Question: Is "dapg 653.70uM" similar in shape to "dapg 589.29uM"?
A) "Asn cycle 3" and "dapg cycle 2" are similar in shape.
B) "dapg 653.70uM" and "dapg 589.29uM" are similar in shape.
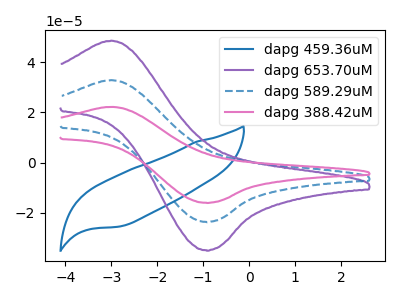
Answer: <think>The blue curve "dapg 459.36uM" has no peaks. The purple curve "dapg 653.70uM" has an anodic peak at (-3.00V, 48.55uA) and a cathodic peak at (-0.95V, -34.85uA). The blue dashed curve "dapg 589.29uM" has an anodic peak at (-3.00V, 32.85uA) and a cathodic peak at (-0.95V, -23.60uA). The pink curve "dapg 388.42uM" has an anodic peak at (-3.00V, 65.70uA) and a cathodic peak at (-0.95V, -47.15uA).
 All the peaks in "dapg 653.70uM" have a peak in "dapg 589.29uM" at the same potential. Every peak in "dapg 653.70uM" is higher than every peak in "dapg 589.29uM".</think>
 <answer>B) "dapg 653.70uM" and "dapg 589.29uM" are similar in shape.</answer>
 <eval>B</eval>